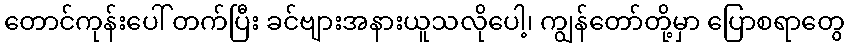
တောင်ကုန်းပေါ် တက်ပြီး ခင်ဗျားအနားယူသလိုပေါ့၊ ကျွန်တော်တို့မှာ ပြောစရာတွေ